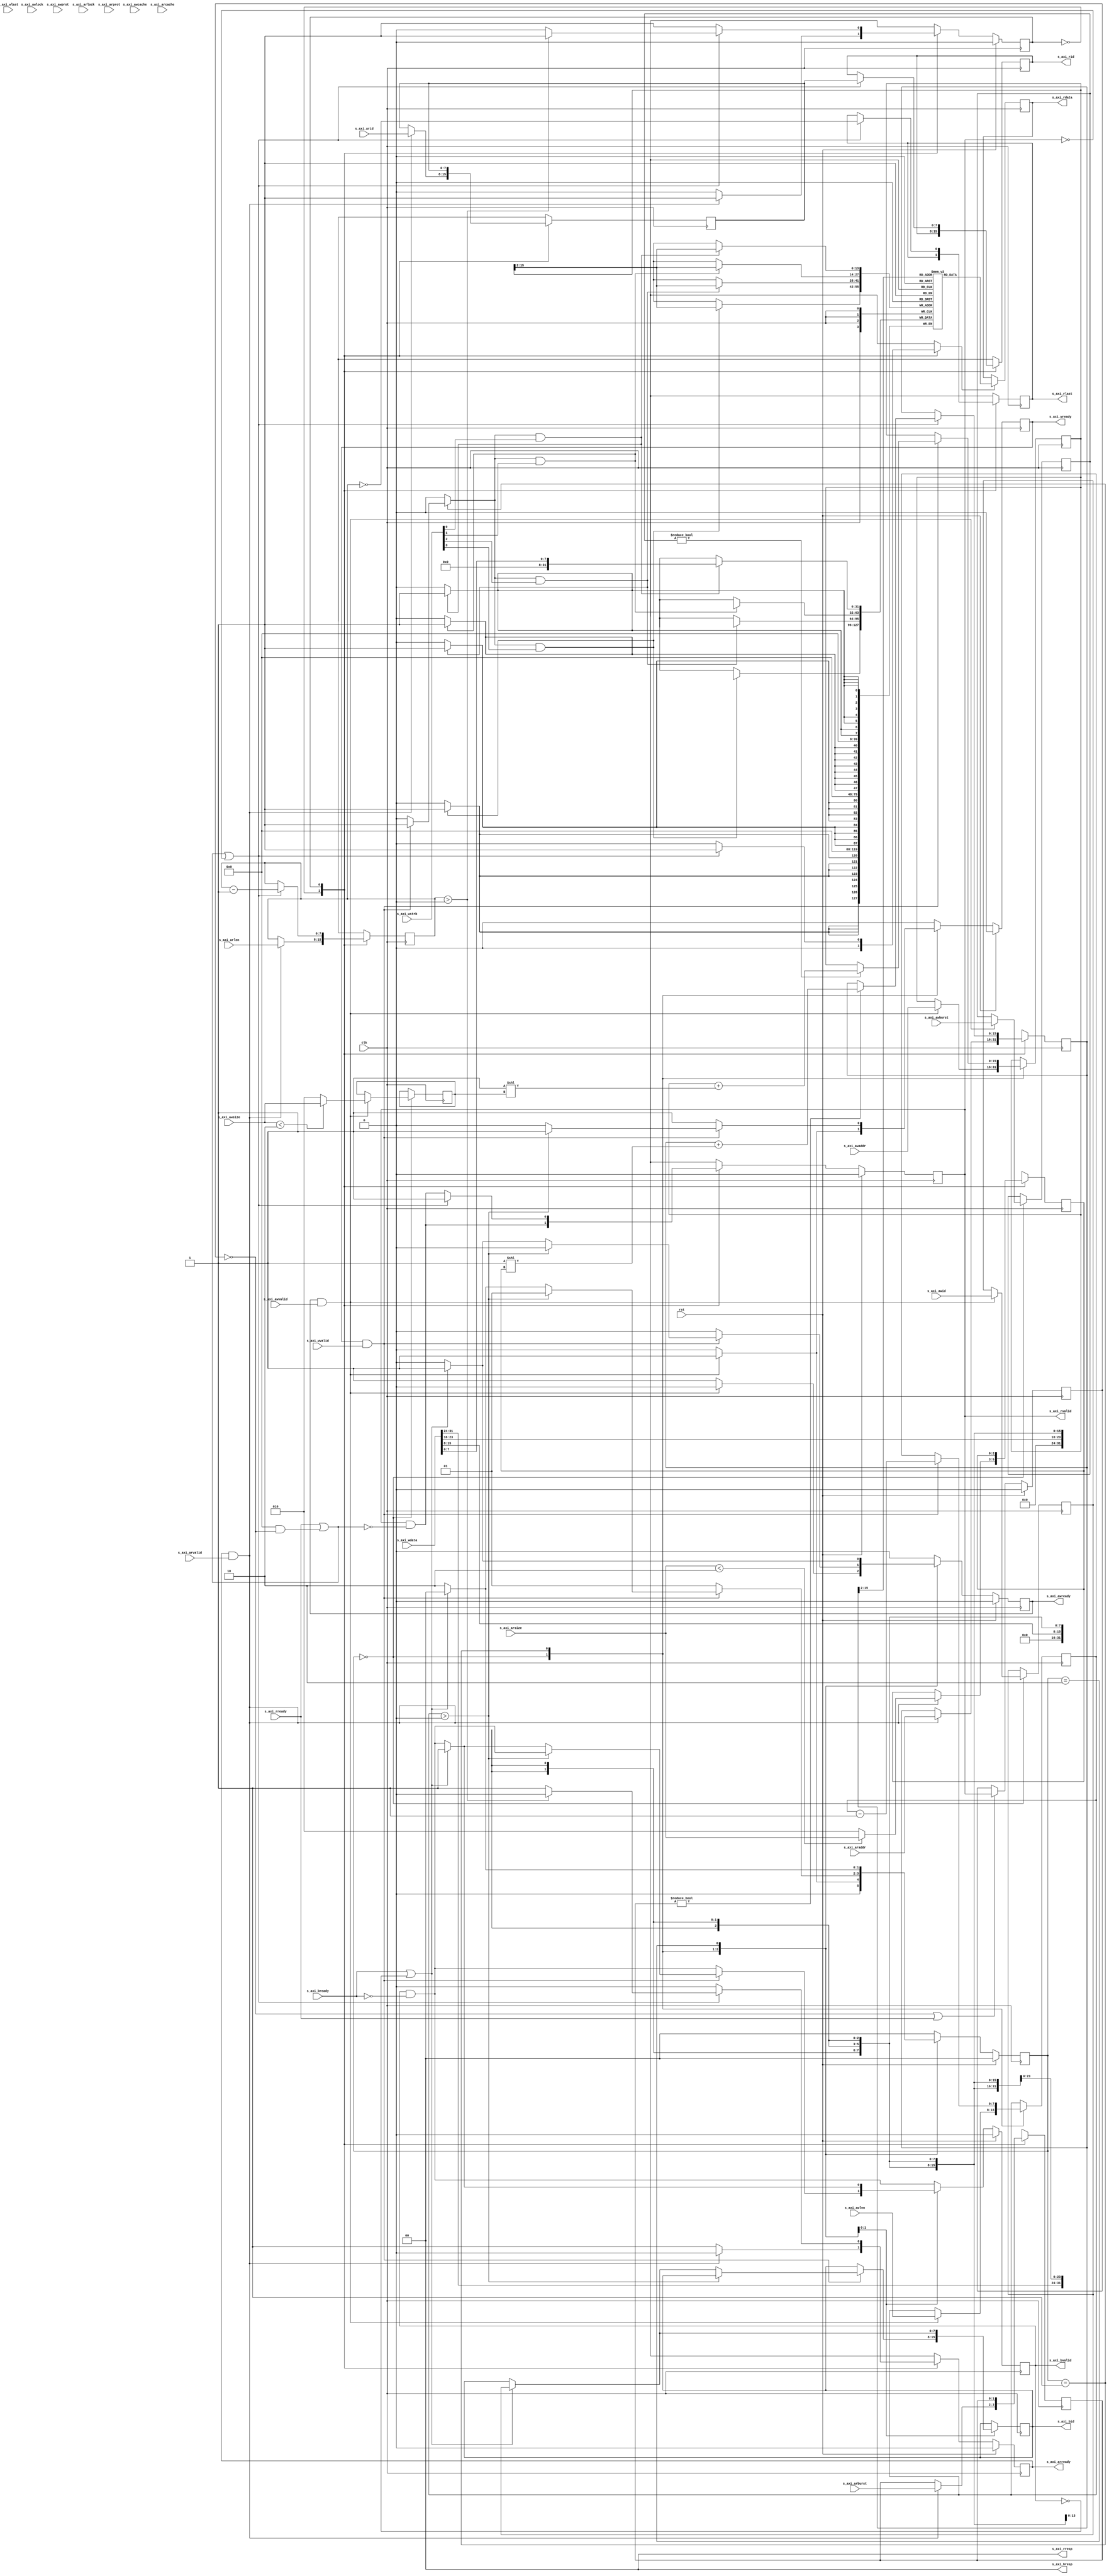
/*

Copyright (c) 2018 Alex Forencich

Permission is hereby granted, free of charge, to any person obtaining a copy
of this software and associated documentation files (the "Software"), to deal
in the Software without restriction, including without limitation the rights
to use, copy, modify, merge, publish, distribute, sublicense, and/or sell
copies of the Software, and to permit persons to whom the Software is
furnished to do so, subject to the following conditions:

The above copyright notice and this permission notice shall be included in
all copies or substantial portions of the Software.

THE SOFTWARE IS PROVIDED "AS IS", WITHOUT WARRANTY OF ANY KIND, EXPRESS OR
IMPLIED, INCLUDING BUT NOT LIMITED TO THE WARRANTIES OF MERCHANTABILITY
FITNESS FOR A PARTICULAR PURPOSE AND NONINFRINGEMENT. IN NO EVENT SHALL THE
AUTHORS OR COPYRIGHT HOLDERS BE LIABLE FOR ANY CLAIM, DAMAGES OR OTHER
LIABILITY, WHETHER IN AN ACTION OF CONTRACT, TORT OR OTHERWISE, ARISING FROM,
OUT OF OR IN CONNECTION WITH THE SOFTWARE OR THE USE OR OTHER DEALINGS IN
THE SOFTWARE.

*/

// Language: Verilog 2001

`resetall
`timescale 1ns / 1ps
`default_nettype none

/*
 * AXI4 RAM
 */
module axi_ram #
(
    // Width of data bus in bits
    parameter DATA_WIDTH = 32,
    // Width of address bus in bits
    parameter ADDR_WIDTH = 16,
    // Width of wstrb (width of data bus in words)
    parameter STRB_WIDTH = (DATA_WIDTH/8),
    // Width of ID signal
    parameter ID_WIDTH = 8,
    // Extra pipeline register on output
    parameter PIPELINE_OUTPUT = 0
)
(
    input  wire                   clk,
    input  wire                   rst,

    input  wire [ID_WIDTH-1:0]    s_axi_awid,
    input  wire [ADDR_WIDTH-1:0]  s_axi_awaddr,
    input  wire [7:0]             s_axi_awlen,
    input  wire [2:0]             s_axi_awsize,
    input  wire [1:0]             s_axi_awburst,
    input  wire                   s_axi_awlock,
    input  wire [3:0]             s_axi_awcache,
    input  wire [2:0]             s_axi_awprot,
    input  wire                   s_axi_awvalid,
    output wire                   s_axi_awready,
    input  wire [DATA_WIDTH-1:0]  s_axi_wdata,
    input  wire [STRB_WIDTH-1:0]  s_axi_wstrb,
    input  wire                   s_axi_wlast,
    input  wire                   s_axi_wvalid,
    output wire                   s_axi_wready,
    output wire [ID_WIDTH-1:0]    s_axi_bid,
    output wire [1:0]             s_axi_bresp,
    output wire                   s_axi_bvalid,
    input  wire                   s_axi_bready,
    input  wire [ID_WIDTH-1:0]    s_axi_arid,
    input  wire [ADDR_WIDTH-1:0]  s_axi_araddr,
    input  wire [7:0]             s_axi_arlen,
    input  wire [2:0]             s_axi_arsize,
    input  wire [1:0]             s_axi_arburst,
    input  wire                   s_axi_arlock,
    input  wire [3:0]             s_axi_arcache,
    input  wire [2:0]             s_axi_arprot,
    input  wire                   s_axi_arvalid,
    output wire                   s_axi_arready,
    output wire [ID_WIDTH-1:0]    s_axi_rid,
    output wire [DATA_WIDTH-1:0]  s_axi_rdata,
    output wire [1:0]             s_axi_rresp,
    output wire                   s_axi_rlast,
    output wire                   s_axi_rvalid,
    input  wire                   s_axi_rready
);

parameter VALID_ADDR_WIDTH = ADDR_WIDTH - $clog2(STRB_WIDTH);
parameter WORD_WIDTH = STRB_WIDTH;
parameter WORD_SIZE = DATA_WIDTH/WORD_WIDTH;

// bus width assertions
initial begin
    if (WORD_SIZE * STRB_WIDTH != DATA_WIDTH) begin
        $error("Error: AXI data width not evenly divisble (instance %m)");
        $finish;
    end

    if (2**$clog2(WORD_WIDTH) != WORD_WIDTH) begin
        $error("Error: AXI word width must be even power of two (instance %m)");
        $finish;
    end
end

localparam [0:0]
    READ_STATE_IDLE = 1'd0,
    READ_STATE_BURST = 1'd1;

reg [0:0] read_state_reg = READ_STATE_IDLE, read_state_next;

localparam [1:0]
    WRITE_STATE_IDLE = 2'd0,
    WRITE_STATE_BURST = 2'd1,
    WRITE_STATE_RESP = 2'd2;

reg [1:0] write_state_reg = WRITE_STATE_IDLE, write_state_next;

reg mem_wr_en;
reg mem_rd_en;

reg [ID_WIDTH-1:0] read_id_reg = {ID_WIDTH{1'b0}}, read_id_next;
reg [ADDR_WIDTH-1:0] read_addr_reg = {ADDR_WIDTH{1'b0}}, read_addr_next;
reg [7:0] read_count_reg = 8'd0, read_count_next;
reg [2:0] read_size_reg = 3'd0, read_size_next;
reg [1:0] read_burst_reg = 2'd0, read_burst_next;
reg [ID_WIDTH-1:0] write_id_reg = {ID_WIDTH{1'b0}}, write_id_next;
reg [ADDR_WIDTH-1:0] write_addr_reg = {ADDR_WIDTH{1'b0}}, write_addr_next;
reg [7:0] write_count_reg = 8'd0, write_count_next;
reg [2:0] write_size_reg = 3'd0, write_size_next;
reg [1:0] write_burst_reg = 2'd0, write_burst_next;

reg s_axi_awready_reg = 1'b0, s_axi_awready_next;
reg s_axi_wready_reg = 1'b0, s_axi_wready_next;
reg [ID_WIDTH-1:0] s_axi_bid_reg = {ID_WIDTH{1'b0}}, s_axi_bid_next;
reg s_axi_bvalid_reg = 1'b0, s_axi_bvalid_next;
reg s_axi_arready_reg = 1'b0, s_axi_arready_next;
reg [ID_WIDTH-1:0] s_axi_rid_reg = {ID_WIDTH{1'b0}}, s_axi_rid_next;
reg [DATA_WIDTH-1:0] s_axi_rdata_reg = {DATA_WIDTH{1'b0}}, s_axi_rdata_next;
reg s_axi_rlast_reg = 1'b0, s_axi_rlast_next;
reg s_axi_rvalid_reg = 1'b0, s_axi_rvalid_next;
reg [ID_WIDTH-1:0] s_axi_rid_pipe_reg = {ID_WIDTH{1'b0}};
reg [DATA_WIDTH-1:0] s_axi_rdata_pipe_reg = {DATA_WIDTH{1'b0}};
reg s_axi_rlast_pipe_reg = 1'b0;
reg s_axi_rvalid_pipe_reg = 1'b0;

// (* RAM_STYLE="BLOCK" *)
reg [DATA_WIDTH-1:0] mem[(2**VALID_ADDR_WIDTH)-1:0];

wire [VALID_ADDR_WIDTH-1:0] s_axi_awaddr_valid = s_axi_awaddr >> (ADDR_WIDTH - VALID_ADDR_WIDTH);
wire [VALID_ADDR_WIDTH-1:0] s_axi_araddr_valid = s_axi_araddr >> (ADDR_WIDTH - VALID_ADDR_WIDTH);
wire [VALID_ADDR_WIDTH-1:0] read_addr_valid = read_addr_reg >> (ADDR_WIDTH - VALID_ADDR_WIDTH);
wire [VALID_ADDR_WIDTH-1:0] write_addr_valid = write_addr_reg >> (ADDR_WIDTH - VALID_ADDR_WIDTH);

assign s_axi_awready = s_axi_awready_reg;
assign s_axi_wready = s_axi_wready_reg;
assign s_axi_bid = s_axi_bid_reg;
assign s_axi_bresp = 2'b00;
assign s_axi_bvalid = s_axi_bvalid_reg;
assign s_axi_arready = s_axi_arready_reg;
assign s_axi_rid = PIPELINE_OUTPUT ? s_axi_rid_pipe_reg : s_axi_rid_reg;
assign s_axi_rdata = PIPELINE_OUTPUT ? s_axi_rdata_pipe_reg : s_axi_rdata_reg;
assign s_axi_rresp = 2'b00;
assign s_axi_rlast = PIPELINE_OUTPUT ? s_axi_rlast_pipe_reg : s_axi_rlast_reg;
assign s_axi_rvalid = PIPELINE_OUTPUT ? s_axi_rvalid_pipe_reg : s_axi_rvalid_reg;

integer i, j;

initial begin
    // two nested loops for smaller number of iterations per loop
    // workaround for synthesizer complaints about large loop counts
    for (i = 0; i < 2**VALID_ADDR_WIDTH; i = i + 2**(VALID_ADDR_WIDTH/2)) begin
        for (j = i; j < i + 2**(VALID_ADDR_WIDTH/2); j = j + 1) begin
            mem[j] = 0;
        end
    end
end

always @* begin
    write_state_next = WRITE_STATE_IDLE;

    mem_wr_en = 1'b0;

    write_id_next = write_id_reg;
    write_addr_next = write_addr_reg;
    write_count_next = write_count_reg;
    write_size_next = write_size_reg;
    write_burst_next = write_burst_reg;

    s_axi_awready_next = 1'b0;
    s_axi_wready_next = 1'b0;
    s_axi_bid_next = s_axi_bid_reg;
    s_axi_bvalid_next = s_axi_bvalid_reg && !s_axi_bready;

    case (write_state_reg)
        WRITE_STATE_IDLE: begin
            s_axi_awready_next = 1'b1;

            if (s_axi_awready && s_axi_awvalid) begin
                write_id_next = s_axi_awid;
                write_addr_next = s_axi_awaddr;
                write_count_next = s_axi_awlen;
                write_size_next = s_axi_awsize < $clog2(STRB_WIDTH) ? s_axi_awsize : $clog2(STRB_WIDTH);
                write_burst_next = s_axi_awburst;

                s_axi_awready_next = 1'b0;
                s_axi_wready_next = 1'b1;
                write_state_next = WRITE_STATE_BURST;
            end else begin
                write_state_next = WRITE_STATE_IDLE;
            end
        end
        WRITE_STATE_BURST: begin
            s_axi_wready_next = 1'b1;

            if (s_axi_wready && s_axi_wvalid) begin
                mem_wr_en = 1'b1;
                if (write_burst_reg != 2'b00) begin
                    write_addr_next = write_addr_reg + (1 << write_size_reg);
                end
                write_count_next = write_count_reg - 1;
                if (write_count_reg > 0) begin
                    write_state_next = WRITE_STATE_BURST;
                end else begin
                    s_axi_wready_next = 1'b0;
                    if (s_axi_bready || !s_axi_bvalid) begin
                        s_axi_bid_next = write_id_reg;
                        s_axi_bvalid_next = 1'b1;
                        s_axi_awready_next = 1'b1;
                        write_state_next = WRITE_STATE_IDLE;
                    end else begin
                        write_state_next = WRITE_STATE_RESP;
                    end
                end
            end else begin
                write_state_next = WRITE_STATE_BURST;
            end
        end
        WRITE_STATE_RESP: begin
            if (s_axi_bready || !s_axi_bvalid) begin
                s_axi_bid_next = write_id_reg;
                s_axi_bvalid_next = 1'b1;
                s_axi_awready_next = 1'b1;
                write_state_next = WRITE_STATE_IDLE;
            end else begin
                write_state_next = WRITE_STATE_RESP;
            end
        end
    endcase
end

always @(posedge clk) begin
    write_state_reg <= write_state_next;

    write_id_reg <= write_id_next;
    write_addr_reg <= write_addr_next;
    write_count_reg <= write_count_next;
    write_size_reg <= write_size_next;
    write_burst_reg <= write_burst_next;

    s_axi_awready_reg <= s_axi_awready_next;
    s_axi_wready_reg <= s_axi_wready_next;
    s_axi_bid_reg <= s_axi_bid_next;
    s_axi_bvalid_reg <= s_axi_bvalid_next;

    for (i = 0; i < WORD_WIDTH; i = i + 1) begin
        if (mem_wr_en & s_axi_wstrb[i]) begin
            mem[write_addr_valid][WORD_SIZE*i +: WORD_SIZE] <= s_axi_wdata[WORD_SIZE*i +: WORD_SIZE];
        end
    end

    if (rst) begin
        write_state_reg <= WRITE_STATE_IDLE;

        s_axi_awready_reg <= 1'b0;
        s_axi_wready_reg <= 1'b0;
        s_axi_bvalid_reg <= 1'b0;
    end
end

always @* begin
    read_state_next = READ_STATE_IDLE;

    mem_rd_en = 1'b0;

    s_axi_rid_next = s_axi_rid_reg;
    s_axi_rlast_next = s_axi_rlast_reg;
    s_axi_rvalid_next = s_axi_rvalid_reg && !(s_axi_rready || (PIPELINE_OUTPUT && !s_axi_rvalid_pipe_reg));

    read_id_next = read_id_reg;
    read_addr_next = read_addr_reg;
    read_count_next = read_count_reg;
    read_size_next = read_size_reg;
    read_burst_next = read_burst_reg;

    s_axi_arready_next = 1'b0;

    case (read_state_reg)
        READ_STATE_IDLE: begin
            s_axi_arready_next = 1'b1;

            if (s_axi_arready && s_axi_arvalid) begin
                read_id_next = s_axi_arid;
                read_addr_next = s_axi_araddr;
                read_count_next = s_axi_arlen;
                read_size_next = s_axi_arsize < $clog2(STRB_WIDTH) ? s_axi_arsize : $clog2(STRB_WIDTH);
                read_burst_next = s_axi_arburst;

                s_axi_arready_next = 1'b0;
                read_state_next = READ_STATE_BURST;
            end else begin
                read_state_next = READ_STATE_IDLE;
            end
        end
        READ_STATE_BURST: begin
            if (s_axi_rready || (PIPELINE_OUTPUT && !s_axi_rvalid_pipe_reg) || !s_axi_rvalid_reg) begin
                mem_rd_en = 1'b1;
                s_axi_rvalid_next = 1'b1;
                s_axi_rid_next = read_id_reg;
                s_axi_rlast_next = read_count_reg == 0;
                if (read_burst_reg != 2'b00) begin
                    read_addr_next = read_addr_reg + (1 << read_size_reg);
                end
                read_count_next = read_count_reg - 1;
                if (read_count_reg > 0) begin
                    read_state_next = READ_STATE_BURST;
                end else begin
                    s_axi_arready_next = 1'b1;
                    read_state_next = READ_STATE_IDLE;
                end
            end else begin
                read_state_next = READ_STATE_BURST;
            end
        end
    endcase
end

always @(posedge clk) begin
    read_state_reg <= read_state_next;

    read_id_reg <= read_id_next;
    read_addr_reg <= read_addr_next;
    read_count_reg <= read_count_next;
    read_size_reg <= read_size_next;
    read_burst_reg <= read_burst_next;

    s_axi_arready_reg <= s_axi_arready_next;
    s_axi_rid_reg <= s_axi_rid_next;
    s_axi_rlast_reg <= s_axi_rlast_next;
    s_axi_rvalid_reg <= s_axi_rvalid_next;

    if (mem_rd_en) begin
        s_axi_rdata_reg <= mem[read_addr_valid];
    end

    if (!s_axi_rvalid_pipe_reg || s_axi_rready) begin
        s_axi_rid_pipe_reg <= s_axi_rid_reg;
        s_axi_rdata_pipe_reg <= s_axi_rdata_reg;
        s_axi_rlast_pipe_reg <= s_axi_rlast_reg;
        s_axi_rvalid_pipe_reg <= s_axi_rvalid_reg;
    end

    if (rst) begin
        read_state_reg <= READ_STATE_IDLE;

        s_axi_arready_reg <= 1'b0;
        s_axi_rvalid_reg <= 1'b0;
        s_axi_rvalid_pipe_reg <= 1'b0;
    end
end

endmodule

`resetall